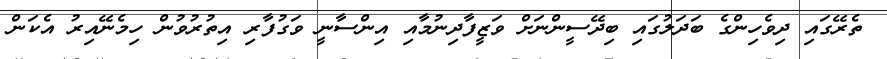
ތެރޭގައި ދިވެހިންގެ ބަދަލުގައި ބިދޭސީންނަށް ވަޒީފާދިނުމާއި އިންސާނީ ވަގުފާރި އިތުރުވުން ހިމެނޭއިރު އެކަން